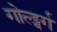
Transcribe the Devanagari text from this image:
गोल्ड्बर्ग